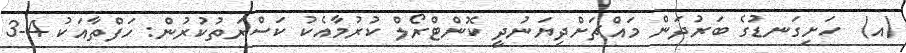
(އ)  ހަށިގަނޑުގެ ބަރުދަން މައްޗަށްދިޔަނުދީ ކޮންޓްރޯލް ކުރުމާއެކު ކަސްރަތުކުރުން: ހަފްތާއަކު 4-3